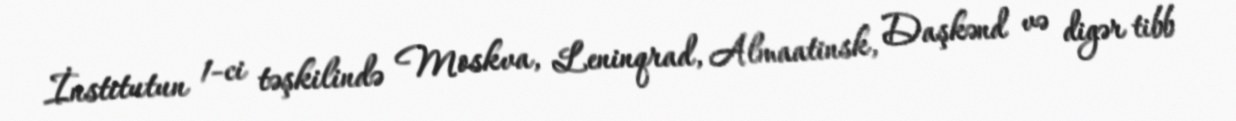
İnstitutun 1-ci təşkilində Moskva, Leninqrad, Almaatinsk, Daşkənd və digər tibb